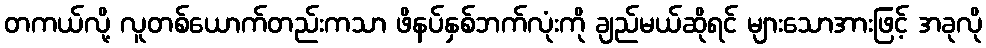
တကယ်လို့ လူတစ်ယောက်တည်းကသာ ဖိနပ်နှစ်ဘက်လုံးကို ချည်မယ်ဆိုရင် များသောအားဖြင့် အခုလို